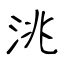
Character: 洮